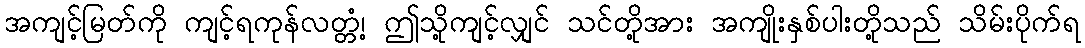
အကျင့်မြတ်ကို ကျင့်ရကုန်လတ္တံ့၊ ဤသို့ကျင့်လျှင် သင်တို့အား အကျိုးနှစ်ပါးတို့သည် သိမ်းပိုက်ရ